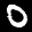
Label: 0